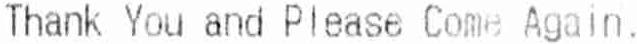
THANK YOU AND PLEASE COME AGAIN.